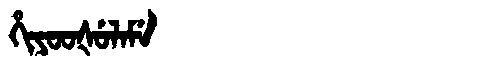
Manchu: ᡥᡳᠶᠣᠣᡧᡠᠯᠠᠮᡝ
Romanization: HIYOOŠULAME